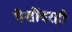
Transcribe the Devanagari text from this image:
पेशींवरही